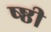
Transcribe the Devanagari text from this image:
ष्ष्ठी